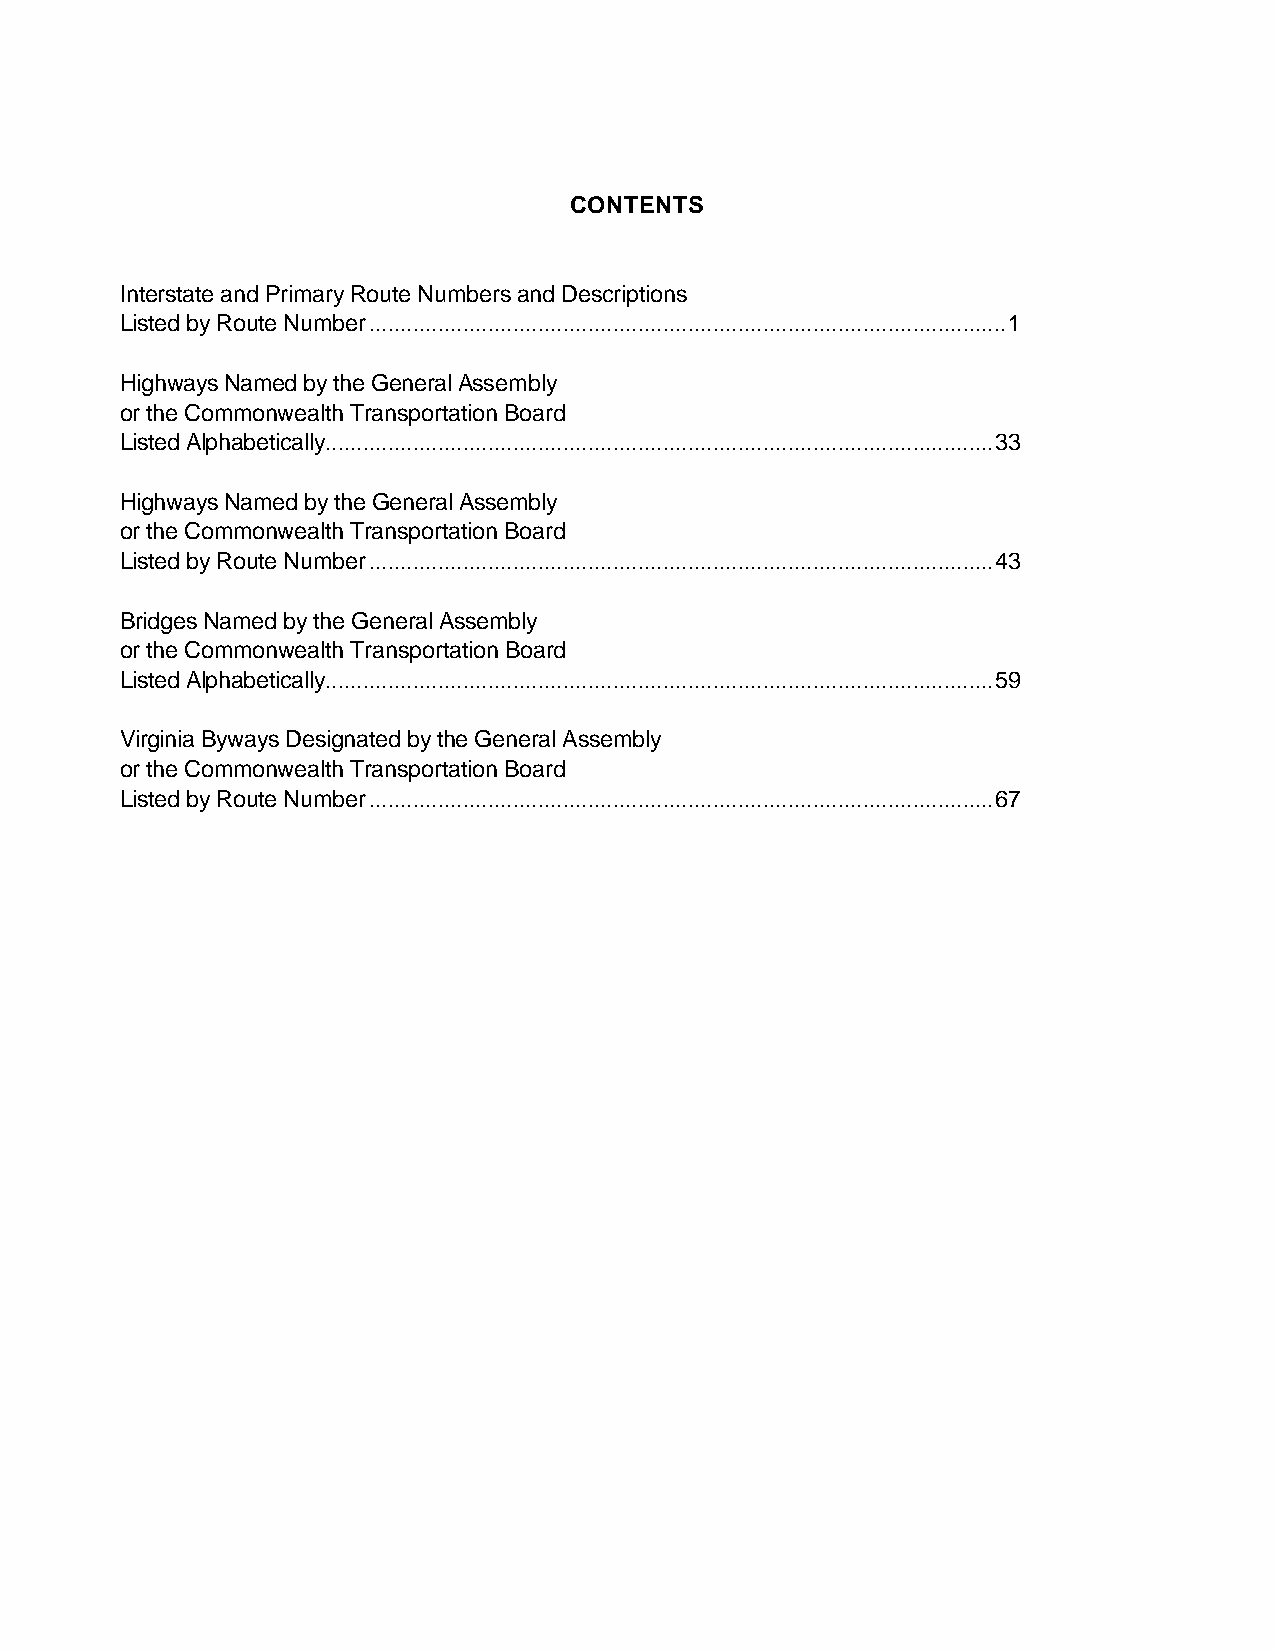
CONTENTS
 Interstate and Primary Route Numbers and Descriptions
 Listed by Route Number......................................................................................................1
 Highways Named by the General Assembly
 or the Commonwealth Transportation Board
 Listed Alphabetically...........................................................................................................33
 Highways Named by the General Assembly
 or the Commonwealth Transportation Board
 Listed by Route Number....................................................................................................43
 Bridges Named by the General Assembly
 or the Commonwealth Transportation Board
 Listed Alphabetically...........................................................................................................59
 Virginia Byways Designated by the General Assembly
 or the Commonwealth Transportation Board
 Listed by Route Number....................................................................................................67